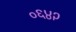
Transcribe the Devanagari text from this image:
०६४२